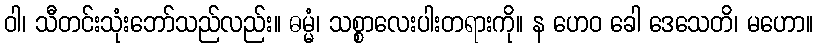
ဝါ၊ သီတင်းသုံးဘော်သည်လည်း။ ဓမ္မံ၊ သစ္စာလေးပါးတရားကို။ န ဟေဝ ခေါ ဒေသေတိ၊ မဟော။